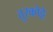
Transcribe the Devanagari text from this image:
तुरकोट्टे